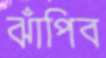
ঝাঁপিব